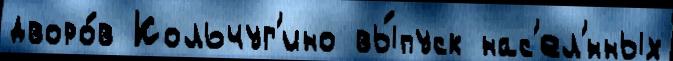
дворо́в Кольчуг'ино вы́пуск нас'ел'́нных